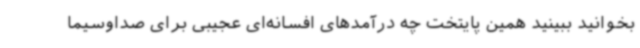
بخوانید ببینید همین پایتخت چه درآمدهای افسانه‌ای عجیبی برای صداوسیما